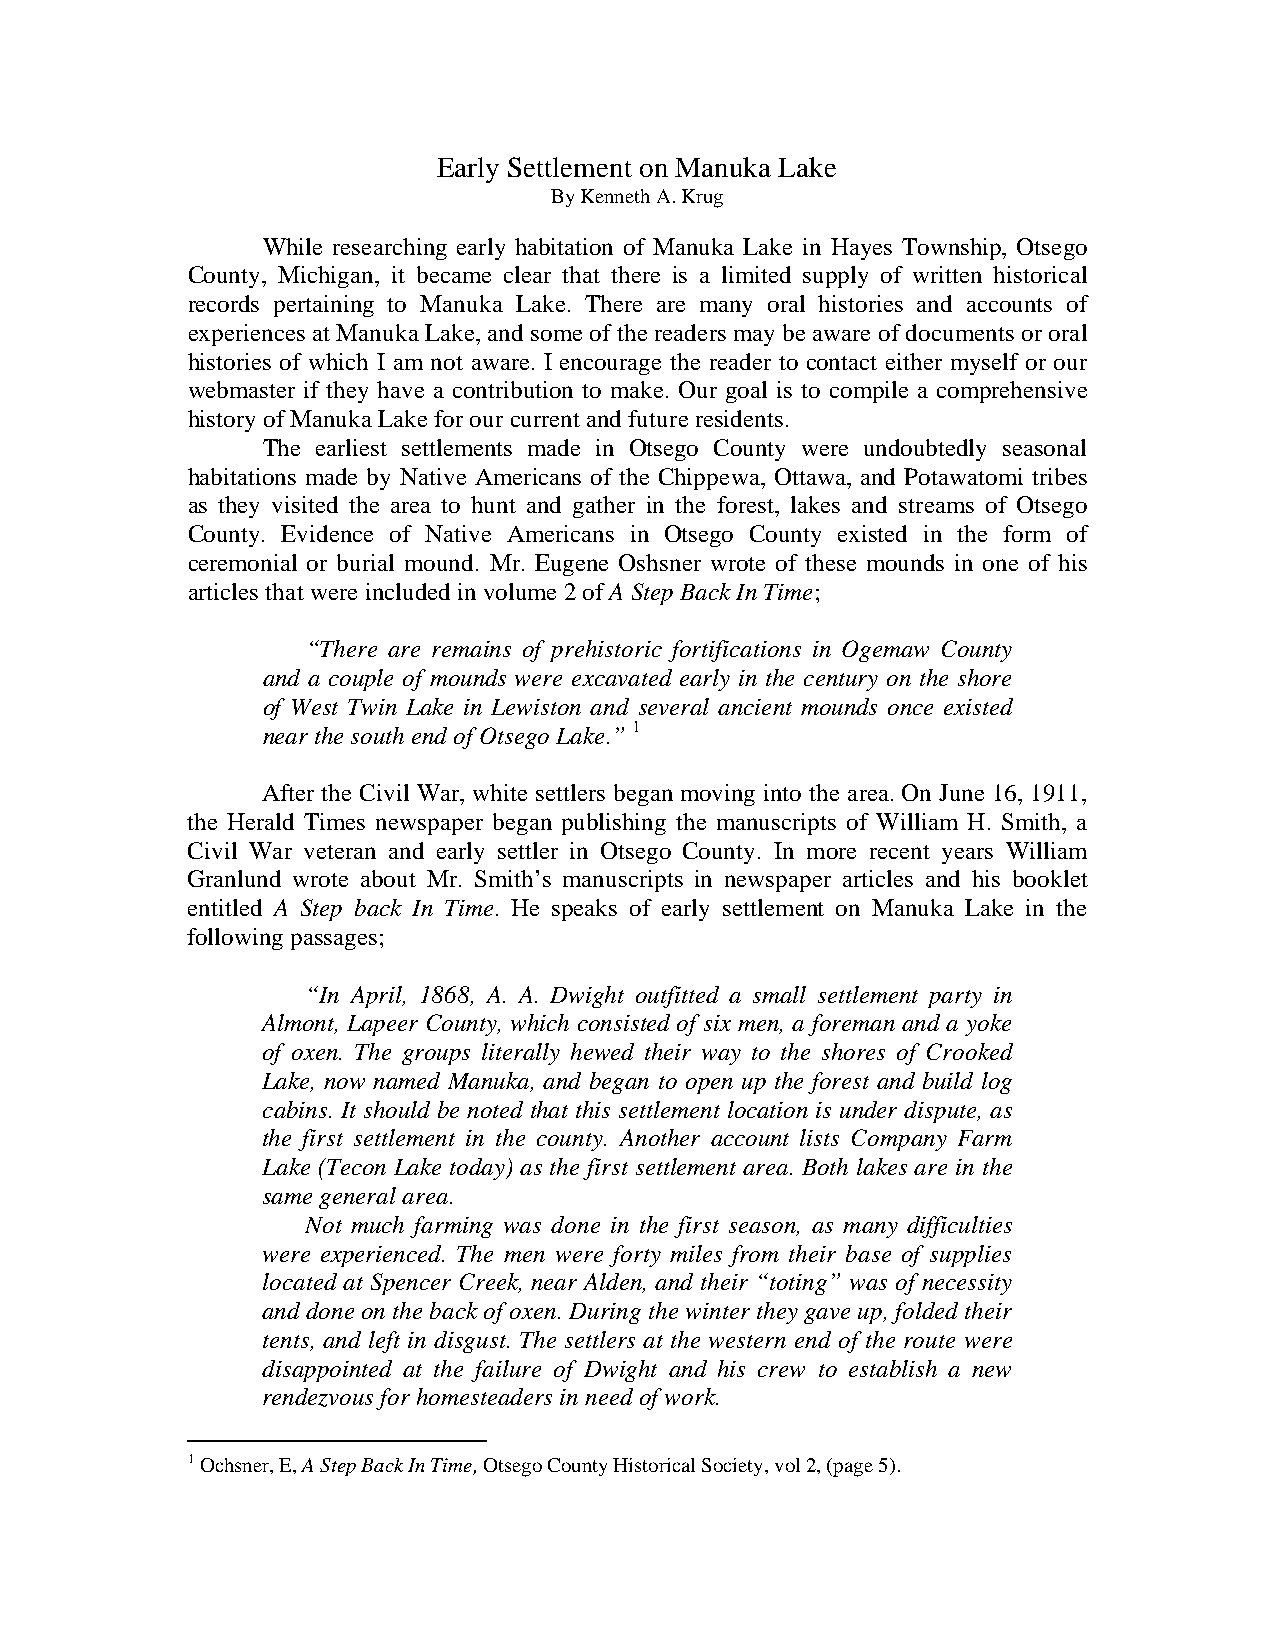
Early Settlement on Manuka Lake
 By Kenneth A. Krug
 While researching early habitation of Manuka Lake in Hayes Township, Otsego
 County, Michigan, it became clear that there is a limited supply of written historical
 records pertaining to Manuka Lake. There are many oral histories and accounts of
 experiences at Manuka Lake, and some of the readers may be aware of documents or oral
 histories of which I am not aware. I encourage the reader to contact either myself or our
 webmaster if they have a contribution to make. Our goal is to compile a comprehensive
 history of Manuka Lake for our current and future residents.
 The earliest settlements made in Otsego County were undoubtedly seasonal
 habitations made by Native Americans of the Chippewa, Ottawa, and Potawatomi tribes
 as they visited the area to hunt and gather in the forest, lakes and streams of Otsego
 County. Evidence of Native Americans in Otsego County existed in the form of
 ceremonial or burial mound. Mr. Eugene Oshsner wrote of these mounds in one of his
 articles that were included in volume 2 of A Step Back In Time;
 “There are remains of prehistoric fortifications in Ogemaw County
 and a couple of mounds were excavated early in the century on the shore
 of West Twin Lake in Lewiston and several ancient mounds once existed
 near the south end of Otsego Lake.” 1
 After the Civil War, white settlers began moving into the area. On June 16, 1911,
 the Herald Times newspaper began publishing the manuscripts of William H. Smith, a
 Civil War veteran and early settler in Otsego County. In more recent years William
 Granlund wrote about Mr. Smith’s manuscripts in newspaper articles and his booklet
 entitled A Step back In Time. He speaks of early settlement on Manuka Lake in the
 following passages;
 “In April, 1868, A. A. Dwight outfitted a small settlement party in
 Almont, Lapeer County, which consisted of six men, a foreman and a yoke
 of oxen. The groups literally hewed their way to the shores of Crooked
 Lake, now named Manuka, and began to open up the forest and build log
 cabins. It should be noted that this settlement location is under dispute, as
 the first settlement in the county. Another account lists Company Farm
 Lake (Tecon Lake today) as the first settlement area. Both lakes are in the
 same general area.
 Not much farming was done in the first season, as many difficulties
 were experienced. The men were forty miles from their base of supplies
 located at Spencer Creek, near Alden, and their “toting” was of necessity
 and done on the back of oxen. During the winter they gave up, folded their
 tents, and left in disgust. The settlers at the western end of the route were
 disappointed at the failure of Dwight and his crew to establish a new
 rendezvous for homesteaders in need of work.
 1 Ochsner, E, A Step Back In Time, Otsego County Historical Society, vol 2, (page 5).